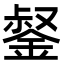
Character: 錖